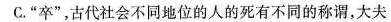
C. ”卒”，古代社会不同地位的人的死有不同的称谓，大夫